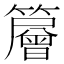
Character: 𥶰